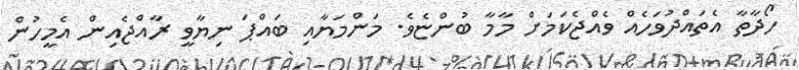
ހޯދާތާ އެތައްދުވަހެއް ވެއްޖެކަމަށް މާމާ ބުންޏެވެ. މަންމަޔާއި ބައްޕަ ނިޔާވީ ރާއްޖެއިން އެމީހުން